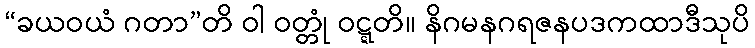
“ခယဝယံ ဂတာ”တိ ဝါ ဝတ္တုံ ဝဋ္ဋတိ။ နိဂမနဂရဇနပဒကထာဒီသုပိ